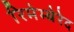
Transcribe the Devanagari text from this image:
रिमेम्बेरेद